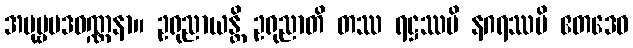
အပုဗ္ဗပဒဝဏ္ဏနာ။ ဥရုညာယန္တိ ဥရုညာတိ တဿ ရဋ္ဌဿပိ နဂရဿပိ ဧတဒေဝ